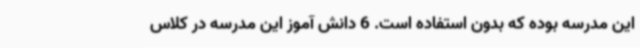
این مدرسه بوده که بدون استفاده است. 6 دانش آموز این مدرسه در کلاس